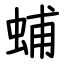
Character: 蜅